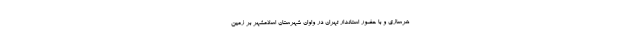
هرسازی و با حضور استاندار تهران در واوان شهرستان اسلامشهر بر زمین